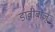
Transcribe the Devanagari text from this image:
डावीबाजू